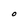
Character: O